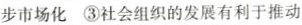
步市场化 ③社会组织的发展有利于推动